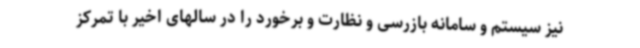
نیز سیستم و سامانه بازرسی و نظارت و برخورد را در سالهای اخیر با تمرکز